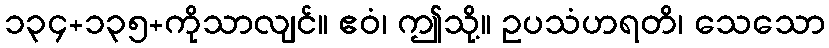
၁၃၄+၁၃၅+ကိုသာလျင်။ ဧဝံ၊ ဤသို့။ ဥပသံဟရတိ၊ သေသော